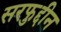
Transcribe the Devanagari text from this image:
सरफुद्दीन